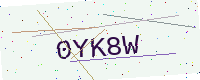
Text: 0YK8W